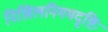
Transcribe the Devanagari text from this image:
निखिलनिगमदृष्टिः